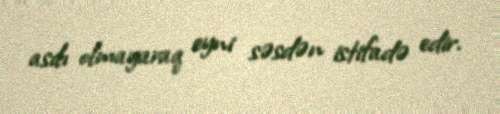
asılı olmayaraq eyni səsdən istifadə edir.